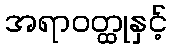
အရာဝတ္ထုနှင့်